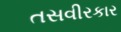
તસવીરકાર